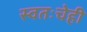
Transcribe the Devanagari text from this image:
स्वतःचेही